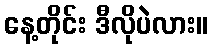
နေ့တိုင်း ဒီလိုပဲလား။